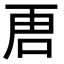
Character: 𭇢